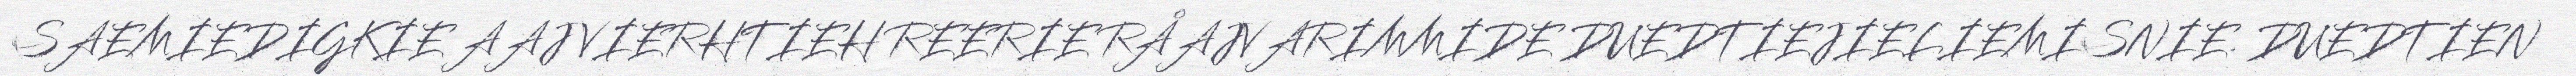
SAEMIEDIGKIE AAJ VIERHTIEH REERIE RÅAJVARIMMIDE DUEDTIEJIELIEMISNIE. DUEDTIEN